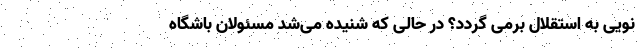
نویی به استقلال برمی گردد؟ در حالی که شنیده می‌شد مسئولان باشگاه